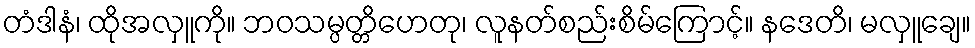
တံဒါနံ၊ ထိုအလှူကို။ ဘဝသမ္ပတ္တိဟေတု၊ လူနတ်စည်းစိမ်ကြောင့်။ နဒေတိ၊ မလှူချေ။